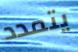
يتمدد